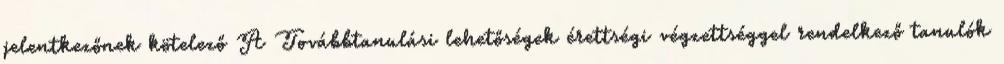
jelentkezőnek kötelező A Továbbtanulási lehetőségek érettségi végzettséggel rendelkező tanulók